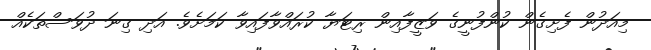
މިއަދުން ފެށިގެން ކުންފުނީގެ ވަޒީފާއިން ރިޓަޔާ ކުރައްވާފައިވާ ކަމަށެވެ. އަދި ގިނަ ދުވަސްތަކެއް